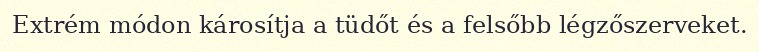
Extrém módon károsítja a tüdőt és a felsőbb légzőszerveket.